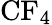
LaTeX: \mathrm{{CF_{4}}}